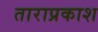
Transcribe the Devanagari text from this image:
ताराप्रकाश